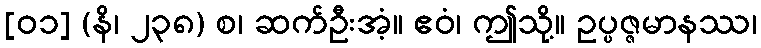
[၀၁] (နိ၊ ၂၃၈) စ၊ ဆက်ဦးအံ့။ ဧဝံ၊ ဤသို့။ ဥပ္ပဇ္ဇမာနဿ၊